Indian journal of veterinary science and animal husbandry - Volume 5,
Year: 1935
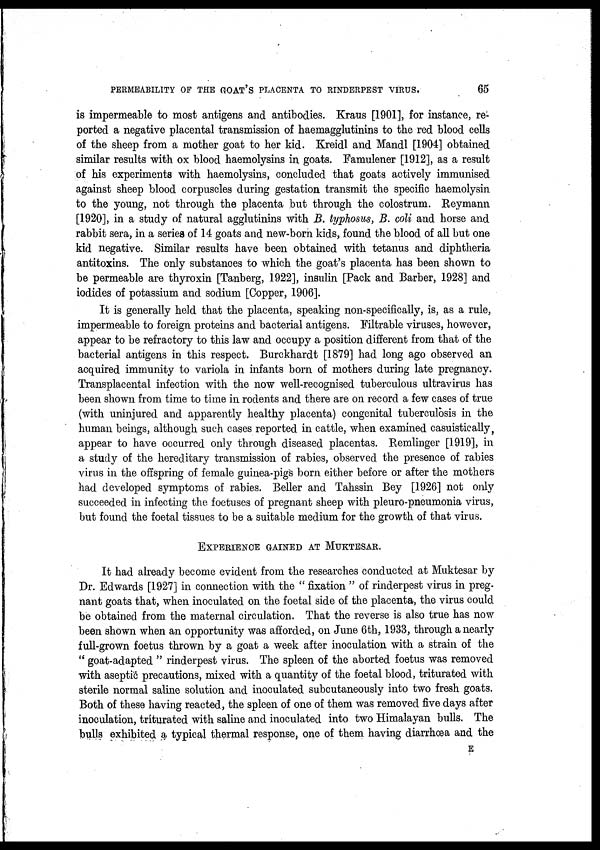
PERMEABILITY OF THE GOAT'S PLACENTA TO RINDERPEST VIRUS.
65
is impermeable to most antigens and antibodies. Kraus [1901], for instance, re-
ported a negative placental transmission of haemagglutinins to the red blood cells
of the sheep from a mother goat to her kid. Kreidl and Mandl [1904] obtained
similar results with ox blood haemolysins in goats. Famulener [1912], as a result
of his experiments with haemolysins, concluded that goats actively immunised
against sheep blood corpuscles during gestation transmit the specific haemolysin
to the young, not through the placenta but through the colostrum. Reymann
[1920], in a study of natural agglutinins with B. typhosus, B. coli and horse and
rabbit sera, in a series of 14 goats and new-born kids, found the blood of all but one
kid negative. Similar results have been obtained with tetanus and diphtheria
antitoxins. The only substances to which the goat's placenta has been shown to
be permeable are thyroxin [Tanberg, 1922], insulin [Pack and Barber, 1928] and
iodides of potassium and sodium [Copper, 1906].
It is generally held that the placenta, speaking non-specifically, is, as a rule,
impermeable to foreign proteins and bacterial antigens. Filtrable viruses, however,
appear to be refractory to this law and occupy a position different from that of the
bacterial antigens in this respect. Burckhardt [1879] had long ago observed an
acquired immunity to variola in infants born of mothers during late pregnancy.
Transplacental infection with the now well-recognised tuberculous ultravirus has
been shown from time to time in rodents and there are on record a few cases of true
(with uninjured and apparently healthy placenta) congenital tuberculosis in the
human beings, although such cases reported in cattle, when examined casuistically,
appear to have occurred only through diseased placentas. Remlinger [1919], in
a study of the hereditary transmission of rabies, observed the presence of rabies
virus in the offspring of female guinea-pigs born either before or after the mothers
had developed symptoms of rabies. Beller and Tahssin Bey [1926] not only
succeeded in infecting the foetuses of pregnant sheep with pleuro-pneumonia virus,
but found the foetal tissues to be a suitable medium for the growth of that virus.
EXPERIENCE GAINED AT MUKTESAR.
It had already become evident from the researches conducted at Muktesar by
Dr. Edwards [1927] in connection with the " fixation " of rinderpest virus in preg-
nant goats that, when inoculated on the foetal side of the placenta, the virus could
be obtained from the maternal circulation. That the reverse is also true has now
been shown when an opportunity was afforded, on June 6th, 1933, through a nearly
full-grown foetus thrown by a goat a week after inoculation with a strain of the
" goat-adapted " rinderpest virus. The spleen of the aborted foetus was removed
with aseptic precautions, mixed with a quantity of the foetal blood, triturated with
sterile normal saline solution and inoculated subcutaneously into two fresh goats.
Both of these having reacted, the spleen of one of them was removed five days after
inoculation, triturated with saline and inoculated into two Himalayan bulls. The
bulls exhibited a typical thermal response, one of them having diarrhœa and the
E